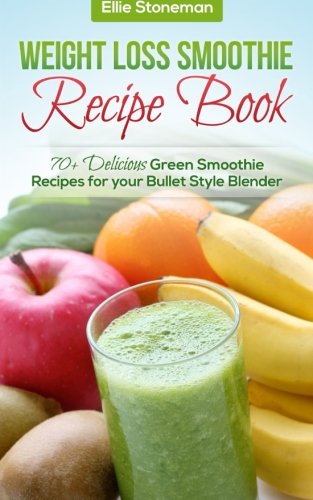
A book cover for Weight Loss Smoothie Recipe Book: 70+ Delicious Green Smoothie Recipes for your Bullet Style Blender; Ellie Stonemann; Cookbooks, Food & Wine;